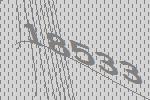
18533